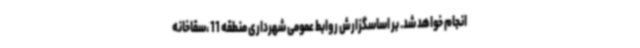
انجام خواهد شد. بر اساسگزارش روابط عمومی شهرداری منطقه 11 ،سقاخانه